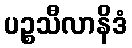
ပဉ္စသီလာနိဒံ